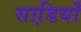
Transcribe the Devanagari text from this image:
साडि़याँ